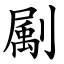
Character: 㔉